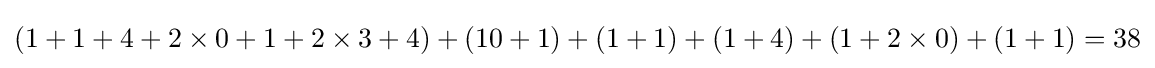
(1+1+4+2\times 0+1+2\times 3+4)+(10+1)+(1+1)+(1+4)+(1+2\times 0)+(1+1)=38